Medical and sanitary report of the native army of Bengal for the year
Year: 1878
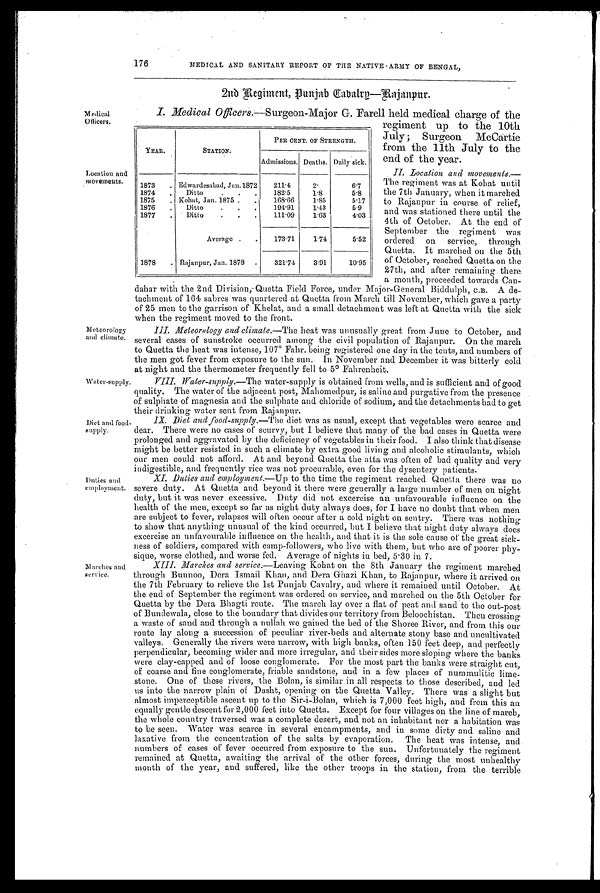
176
MEDICAL AND SANITARY REPORT OF THE NATIVE ARMY OF BENGAL,
2nd Regiment, Punjab Cavalry—Rajanpur.
Medical
Officers.
Location and
movements.
Meteorology
and climate.
Water-supply.
Duties and
employment.
Marches and
service.
Diet and food-
supply.
I . M e d i c a l O f f i c e r s
. — S u r g e o n - M a j o r G . F a r e l l h e l d m e d i c a l c h a r g e o f t h e
regiment up to the 10th
July ; Surgeon McCartie
from the 11th July to the
end of the year.
II. Location and movements.—
The regiment was at Kohat until
the 7th January, when it marched
to Rajanpur in course of relief,
and was stationed there until the
4th of October. At the end of
September the regiment was
ordered on service, through
Quetta. It marched on the 5th
of October, reached Quetta on the
27th, and after remaining there
a month, proceeded towards Can-
dahar with the 2nd Division, Quetta Field Force, under Major-General Biddulph, C.B. A de-
tachment of 164 sabres was quartered at Quetta from March till November, which gave a party
of 25 men to the garrison of Khelat, and a small detachment was left at Quetta with the sick
when the regiment moved to the front.
III. Meteorology and climate.— The heat was unusually great from June to October, and
several cases of sunstroke occurred among the civil population of Rajanpur. On the march
to Quetta the heat was intense, 107° Fahr. being registered one day in the tents, and numbers of
the men got fever from exposure to the sun. In November and December it was bitterly cold
at night and the thermometer frequently fell to 5° Fahrenheit.
VIII. Water-supply.—The water-supply is obtained from wells, and is sufficient and of good
quality. The water of the adjacent post, Mahomedpur, is saline and purgative from the presence
of sulphate of magnesia and the sulphate and chloride of sodium, and the detachments had to get
their drinking water sent from Rajanpur.
IX. Diet and food-supply.—The diet was as usual, except that vegetables were scarce and
clear. There were no cases of scurvy, but I believe that many of the bad cases in Quetta were
prolonged and aggravated by the deficiency of vegetables in their food. I also think that disease
might be better resisted in such a climate by extra good living and alcoholic stimulants, which
our men could not afford. At and beyond Quetta the atta was often of bad quality and very
indigestible, and frequently rice was not procurable, even for the dysentery patients.
XI. Duties and employment.—Up to the time the regiment reached Quetta there was no
severe duty. At Quetta and beyond it there were generally a large number of men on night
duty, but it was never excessive. Duty did not excercise an unfavourable influence on the
health of the men, except so far as night duty always does, for I have no doubt that when men
are subject to fever, relapses will often occur after a cold night on sentry. There was nothing
to show that anything unusual of the kind occurred, but I believe that night duty always does
excercise an unfavourable influence on the health, and that it is the sole cause of the great sick-
ness of soldiers, compared with camp-followers, who live with them, but who are of poorer phy-
sique, worse clothed, and worse fed. Average of' nights in bed, 5.30 in 7.
XIII. Marches and service.— Leaving Kohat on the 8th January the regiment marched
through liunnoo, Dera Ismail Khan, and Dera Ghazi Khan, to Rajanpur, where it arrived on
the 7th February to relieve the 1st Punjab Cavalry, and where it remained until October. At
the end of September the regiment was ordered on service, and marched on the 5th October for
Quetta by the Dena Bhagti route. The march lay over a flat of peat and sand to the out-post
of Bundewala, close to the boundary that divides our territory from Beloochistan. Then crossing
a waste of sand and through a nullah we gained the bed of the Shoree River, and from this our
route lay along a succession of peculiar river-beds and alternate stony base and uncultivated
valleys. Generally the rivers were narrow, with high banks, often 150 feet deep, and perfectly
perpendicular, becoming wider and more irregular, and their sides more sloping where the banks
were clay-capped and of loose conglomerate. For the most part the banks were straight cut,
of coarse and fine conglomerate, friable sandstone, and in a few places of nummulitic lime-
stone. One of these rivers, the Bolan, is similar in all respects to those described, and led
us into the narrow plain of Dasht, opening on the Quetta Valley. There was a slight but
almost imperceptible ascent up to the Sir-i-Bolan, which is 7,000 feet high, and from this an
equally gentle descent for 2,000 feet into Quetta. Except for four villages on the line of march,
the whole country traversed was a complete desert, and not an inhabitant nor a habitation was
to be seen. Water was scarce in several encampments, and in some dirty and saline and
laxative from the concentration of the salts by evaporation. The heat was intense, and.
numbers of cases of fever occurred from exposure to the sun. Unfortunately the regiment
remained at Quetta, awaiting the arrival of the other forces, during the most unhealthy
month of the year, and suffered, like the other troops in the station, from the terrible
YEAR.
STATION.
PER CENT, OF STRENGTH.
Admissions. Deaths. Daily sick.
1873 . Edwardesabad, Jan.1872 211.4
2 .
6.7
1874 . Ditto . . . 182.5
1.8
5.8
1875 . Kant, Jan. 1875 . . 168.66 1.85
5.17
1876 . Ditto . . . 194.91 1.43
5.9
1877 . Ditto . . . 111.09 1.63
4.03
Average . . 173.71 1.74
5.52
1878 . Rajanpur, Jan. 1878 . 321.74 3.91
10.95